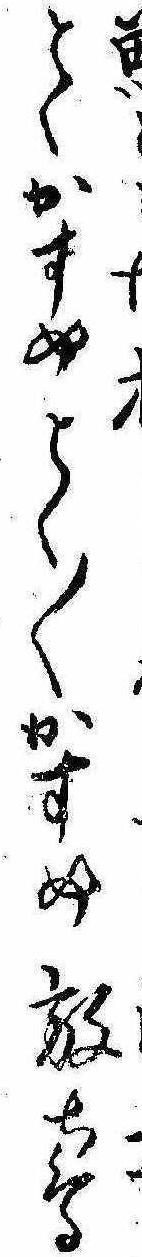
とくかすめとく〱かすめ放ち鳥